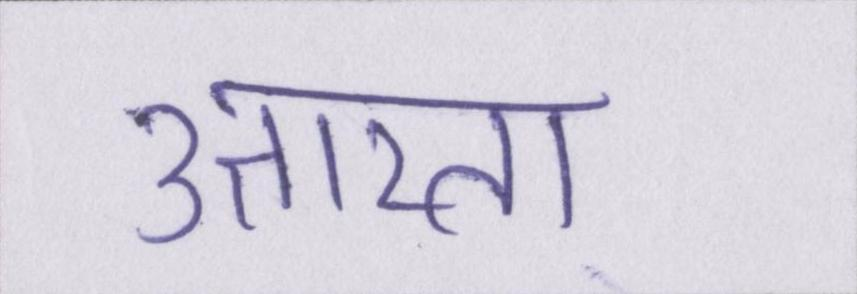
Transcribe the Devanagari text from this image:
उतारता